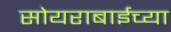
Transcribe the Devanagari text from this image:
सोयराबाईच्या